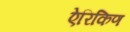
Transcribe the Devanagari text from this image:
ऐरिकिण